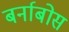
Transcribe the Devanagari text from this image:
बर्नाबोस